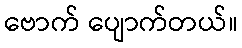
ဗောက် ပျောက်တယ်။